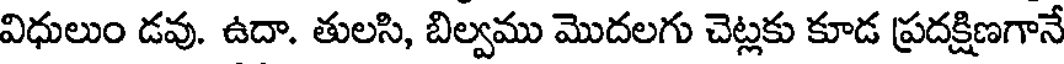
విధులుం డవు. ఉదా. తులసి, బిల్వము మొదలగు చెట్లకు కూడ ప్రదక్షిణగానే